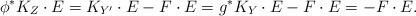
LaTeX: \begin{align*}\phi^{\ast}K_Z \cdot E=K_{Y^{\prime}}\cdot E -F\cdot E=g^{\ast}K_Y \cdot E -F\cdot E =-F\cdot E.\end{align*}